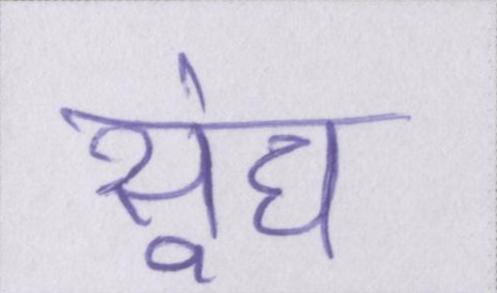
सूंघ